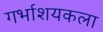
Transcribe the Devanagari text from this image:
गर्भाशयकला